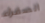
الصفراء